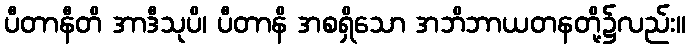
ပီတာနီတိ အာဒီသုပိ၊ ပီတာနိ အစရှိသော အဘိဘာယတနတို့၌လည်း။